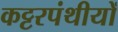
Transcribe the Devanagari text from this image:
कट्टरपंथीयों